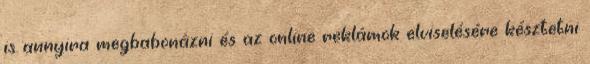
is annyira megbabonázni és az online reklámok elviselésére késztetni